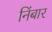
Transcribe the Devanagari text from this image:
निंबार